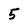
Character: 5